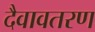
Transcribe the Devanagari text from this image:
दैवावतरण